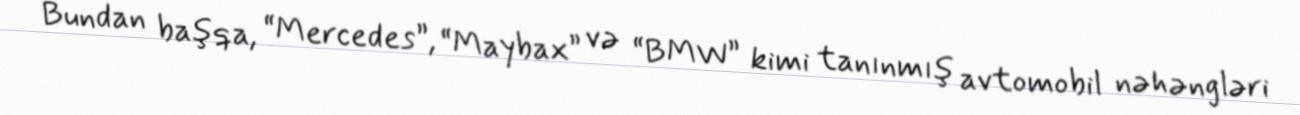
Bundan başqa, “Mercedes”, “Maybax” və “BMW” kimi tanınmış avtomobil nəhəngləri